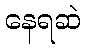
နေရဆဲ